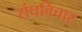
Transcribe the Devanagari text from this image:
संघविचार